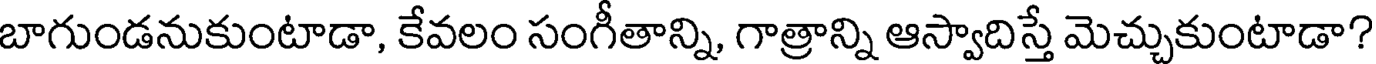
బాగుండనుకుంటాడా, కేవలం సంగీతాన్ని, గాత్రాన్ని ఆస్వాదిస్తే మెచ్చుకుంటాడా?